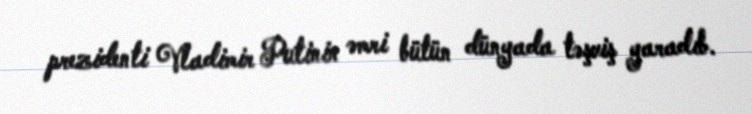
prezidenti Vladimir Putinin əmri bütün dünyada təşviş yaradıb.